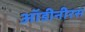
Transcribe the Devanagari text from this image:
ऑडीनीरस